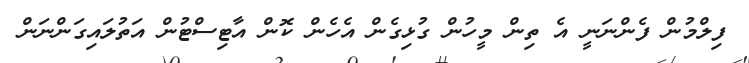
ފިލްމުން ފެންނަނީ އެ ތިން މީހުން ގުޅިގެން އެހެން ކޮން އާޓިސްޓުން އަތުލައިގަންނަން